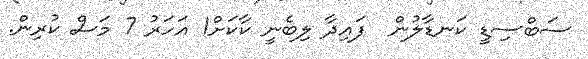
ސަބްސިޑީ ކަނޑާލުން  ފައިދާ ލިބެނީ ކާކަށް1 އަހަރު 7 މަސް ކުރިން.